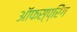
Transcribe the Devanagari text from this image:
ऑफस्प्रिंग